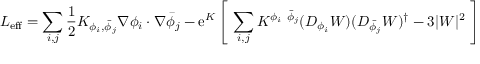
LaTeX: { \cal L } _ { \mathrm { e f f } } = \sum _ { i , j } { \frac { 1 } { 2 } } K _ { \phi _ { i } , { \bar { \phi } } _ { j } } \nabla \phi _ { i } \cdot \nabla { \bar { \phi } } _ { j } - \mathrm { e } ^ { K } \left[ \ \sum _ { i , j } K ^ { \phi _ { i } \ { \bar { \phi } } _ { j } } ( D _ { \phi _ { i } } W ) ( D _ { { \bar { \phi } } _ { j } } W ) ^ { \dag } - 3 | W | ^ { 2 } \ \right]